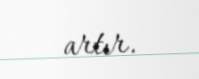
artır.